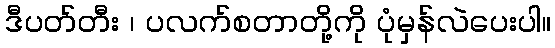
ဒီပတ်တီး ၊ ပလက်စတာတို့ကို ပုံမှန်လဲပေးပါ။